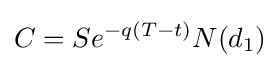
C=Se^{-q(T-t)}N(d_{1})